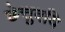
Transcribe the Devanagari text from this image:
छेत्तुवयि